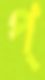
প্